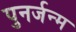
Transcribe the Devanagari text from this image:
पुनर्जन्‍म